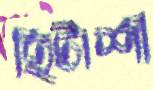
হিটাশী